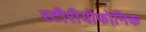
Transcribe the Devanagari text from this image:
स्टीरीयोफोनिक